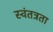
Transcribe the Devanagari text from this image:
स्‍वंतत्रता